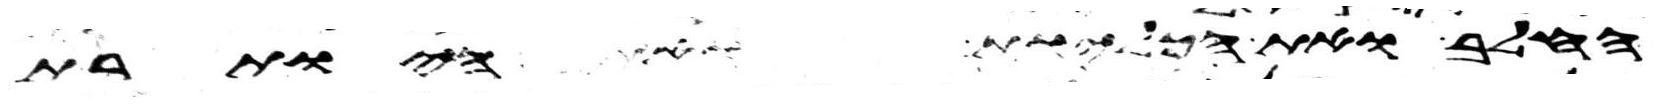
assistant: החלב ואת הכליות ואת היותרת